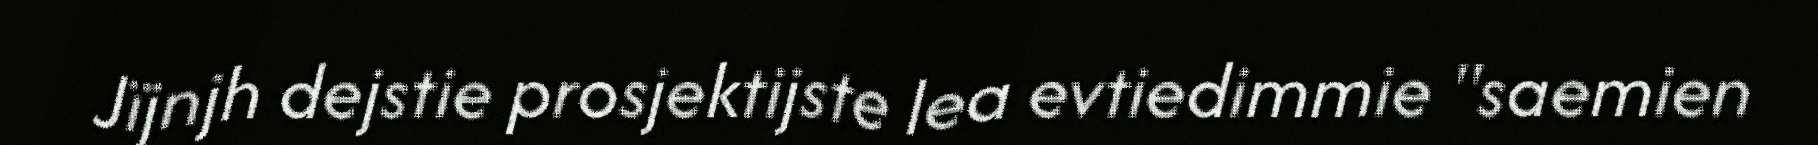
Jïjnjh dejstie prosjektijste lea evtiedimmie "saemien